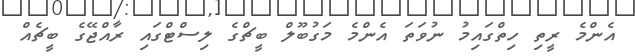
އެންމެ ރީތި ހިތްގައިމު ނުވަތަ އެންމެ މަގުބޫލް ބީޗްގެ ލިސްޓްގައި ރާއްޖޭގެ ބީޗެއް